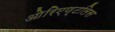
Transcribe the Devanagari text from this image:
ओरिएण्टलिस